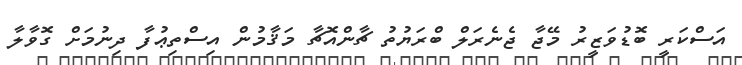
އަސްކަރީ ބޮޑުވަޒީރު މޭޖާ ޖެނެރަލް ބްރަޔުތު ޗާންއޮޗާ މަޤާމުން އިސްތިޢުފާ ދިނުމަށް ގޮވާލާ